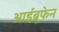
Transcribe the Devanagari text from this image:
आईब्रूफेन